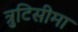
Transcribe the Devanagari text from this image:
त्रुटिसीमा